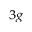
_ { 3 g }